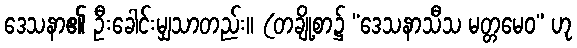
ဒေသနာ၏ ဦးခေါင်းမျှသာတည်း။ (တချို့စာ၌ “ဒေသနာသီသ မတ္တမေဝ” ဟု